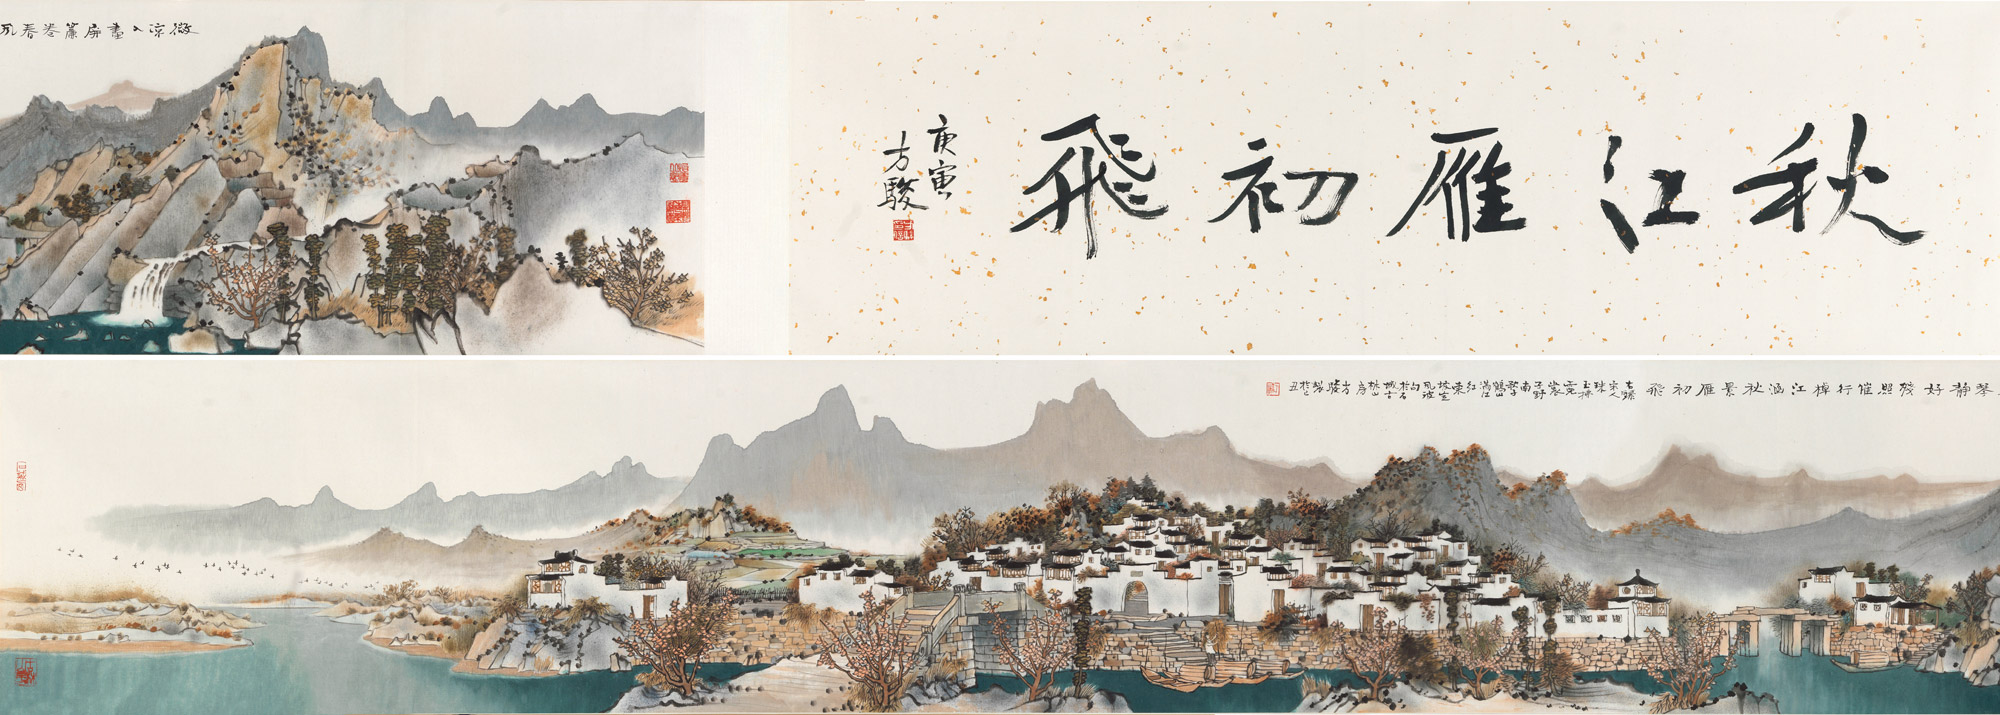
去年离别雁初归，今夜裁缝萤已飞。